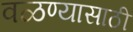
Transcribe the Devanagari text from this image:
वळण्यासाठी